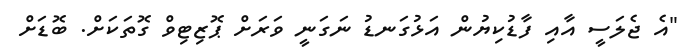
"އެ ޖެލަސީ އާއި ފާޑުކިޔުން އަޅުގަނޑު ނަގަނީ ވަރަށް ޕޮޒިޓިވް ގޮތަކަށް. ބޮޑަށް